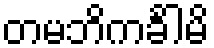
တမဘိကင်္ခါမိ